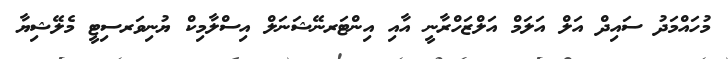
މުހައްމަދު ސައިދް އަލް އަލަމް އަލްޒަހްރާނީ އާއި އިންޓަރނޭޝަނަލް އިސްލާމިކް ޔުނިވަރސިޓީ މެލޭޝިޔާ